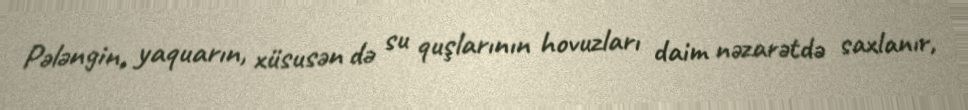
Pələngin, yaquarın, xüsusən də su quşlarının hovuzları daim nəzarətdə saxlanır,